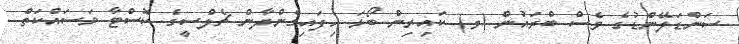
ސަންޑަލޭންޑުގެ ވެސް ބްރައުން (ވ) ކައިރިން ބޯޅަ ހިފައިގެންދާން ޗެލްސީގެ ކޮސްޓާ މަސައްކަތް